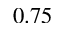
0 . 7 5